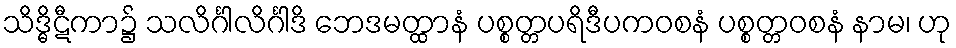
သိဒ္ဓိဋီကာ၌ သလိင်္ဂါလိင်္ဂါဒိ ဘေဒမတ္ထာနံ ပစ္စတ္တပရိဒီပကဝစနံ ပစ္စတ္တဝစနံ နာမ၊ ဟု